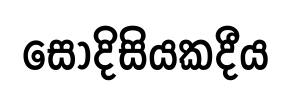
සෝදිසියකදීය